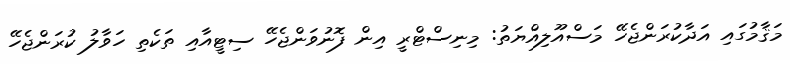
މަޤާމުގައި އަދާކުރަންޖެހޭ މަސްއޫލިއްޔަތު: މިނިސްޓްރީ އިން ފޮނުވަންޖެހޭ ސިޓީއާއި ތަކެތި ހަވާލު ކުރަންޖެހޭ